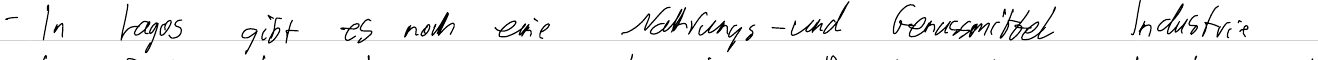
- In Lagos gibt es noch eine Nahrungs- und Genussmittel Industrie